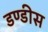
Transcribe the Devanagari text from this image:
डण्डीस